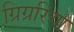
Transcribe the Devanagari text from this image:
ग्रिग्ररिया